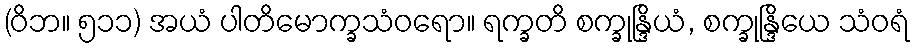
(ဝိဘ။ ၅၁၁) အယံ ပါတိမောက္ခသံဝရော။ ရက္ခတိ စက္ခုန္ဒြိယံ, စက္ခုန္ဒြိယေ သံဝရံ